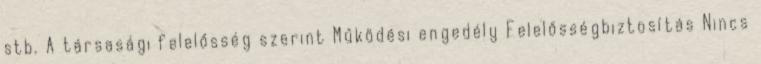
stb. A társasági felelősség szerint Működési engedély Felelősségbiztosítás Nincs